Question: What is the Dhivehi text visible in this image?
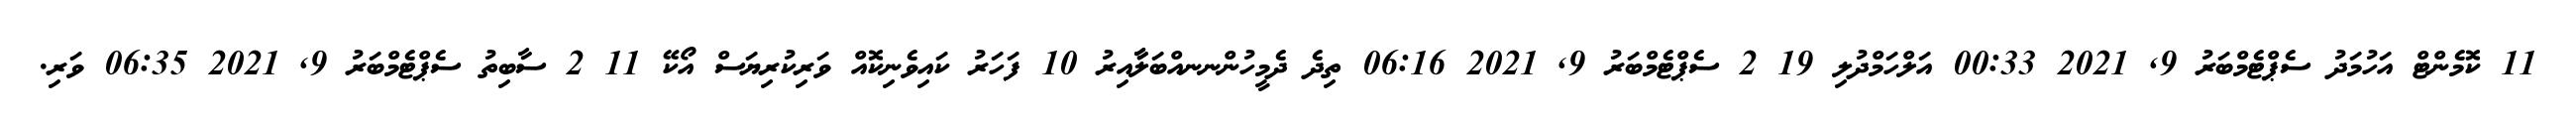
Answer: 11 ކޮމެންޓް އަހުމަދު ސެޕްޓެމްބަރު 9, 2021 00:33 އަލްހަމްދުލި 19 2 ސެޕްޓެމްބަރު 9, 2021 06:16 ތިދެ ދެމީހުންނނއްބަލާާއިރު 10 ފަހަރު ކައިވެނިކޮއް ވަރިކުރިޔަސް އޯކޭ 11 2 ސާބިތު ސެޕްޓެމްބަރު 9, 2021 06:35 ވަރި.